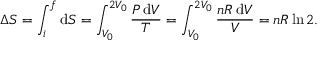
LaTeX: \Delta S = \int _ { i } ^ { f } \mathrm { d } S = \int _ { V _ { 0 } } ^ { 2 V _ { 0 } } { \frac { P \, \mathrm { d } V } { T } } = \int _ { V _ { 0 } } ^ { 2 V _ { 0 } } { \frac { n R \, \mathrm { d } V } { V } } = n R \ln 2 .